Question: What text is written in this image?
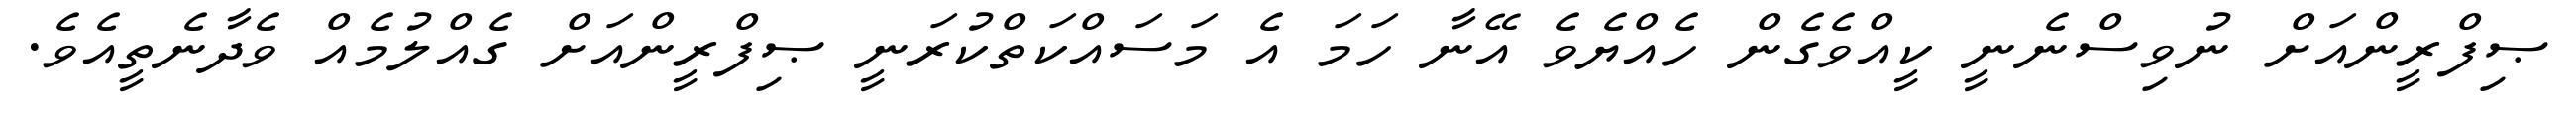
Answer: ޞިފްރީންއަށް ނުވިސްނެނީ ކީއްވެގެން ހެއްޔެވެ އޭނާ ހަމަ އެ މަސައްކަތްކުރަނީ ޞިފްރީންއަށް ގެއްލުމެއް ވެދާނެތީއެވެ.